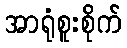
အာရုံစူးစိုက်